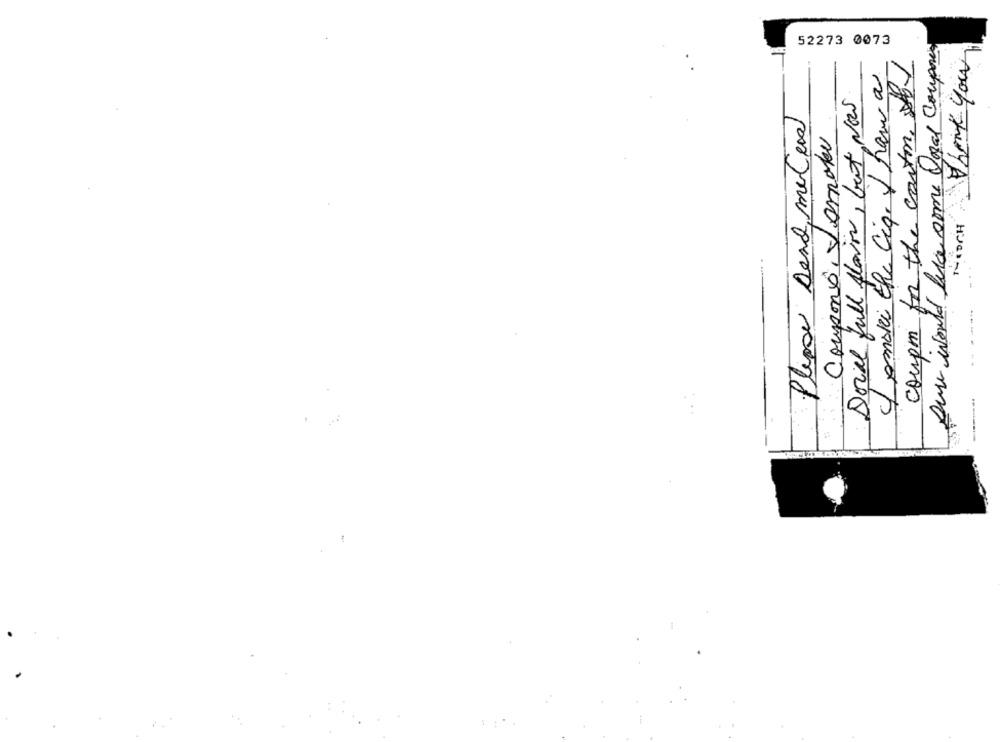
Dove would like some Ogal Compone
52273 0073
Thank you
coupm for the carton of
Comoki the Ciq. I have a
Dorial Jul Alain, but Nos
Please Send meCena
Coupons, Jamake
MEOCH